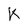
Character: K